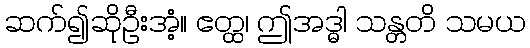
ဆက်၍ဆိုဦးအံ့။ ဧတ္ထ၊ ဤအဒ္ဓါ သန္တတိ သမယ